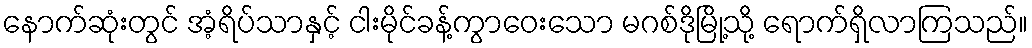
နောက်ဆုံးတွင် အံ့ရိပ်သာနှင့် ငါးမိုင်ခန့်ကွာဝေးသော မဂစ်ဒိုမြို့သို့ ရောက်ရှိလာကြသည်။